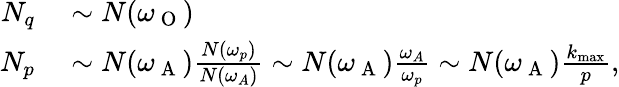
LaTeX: \begin{array}{rl}{N_{q}}&{{}\sim N(\omega_{\mathrm{~O~}})}\\ {N_{p}}&{{}\sim N(\omega_{\mathrm{~A~}})\frac{N(\omega_{p})}{N(\omega_{A})}\sim N(\omega_{\mathrm{~A~}})\frac{\omega_{A}}{\omega_{p}}\sim N(\omega_{\mathrm{~A~}})\frac{k_{\operatorname*{max}}}{p},}\end{array}